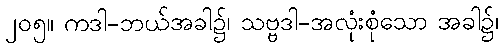
၂၀၅။ ကဒါ-ဘယ်အခါ၌၊ သဗ္ဗဒါ-အလုံးစုံသော အခါ၌၊